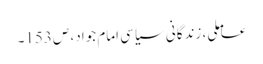
عاملی، زندگانی سیاسی امام جواد، ص153۔